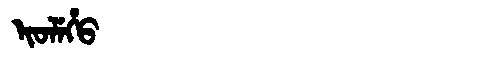
Manchu: ᡳᠣᠯᡝᡥᠣ
Romanization: IOLEHO